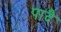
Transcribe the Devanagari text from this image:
पादै